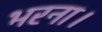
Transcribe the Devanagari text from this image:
भरना।